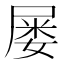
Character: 屡